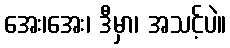
အေး၊အေး၊ ဒီမှာ၊ အသင့်ပဲ။